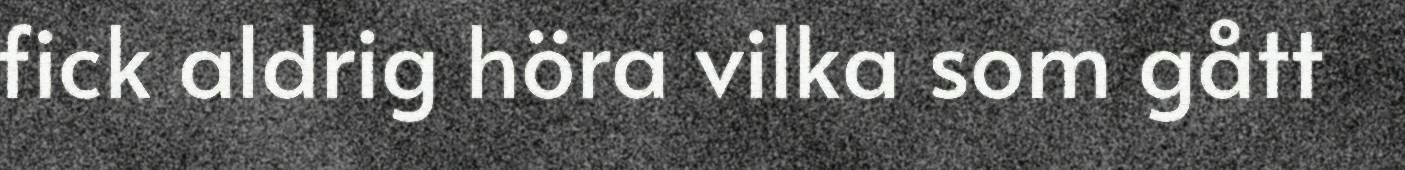
fick aldrig höra vilka som gått